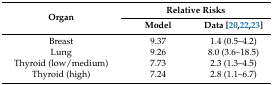
<table><thead><tr><td rowspan="2"><b>Organ</b></td><td colspan="2"><b>Relative Risks</b></td></tr><tr><td><b>Model</b></td><td><b>Data [20,22,23]</b></td></tr></thead><tbody><tr><td>Breast</td><td>9.37</td><td>1.4 (0.5–4.2)</td></tr><tr><td>Lung</td><td>9.26</td><td>8.0 (3.6–18.5)</td></tr><tr><td>Thyroid (low/medium)</td><td>7.73</td><td>2.3 (1.3–4.5)</td></tr><tr><td>Thyroid (high)</td><td>7.24</td><td>2.8 (1.1–6.7)</td></tr></tbody></table>